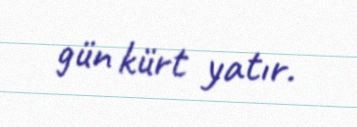
gün kürt yatır.